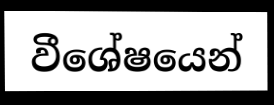
වීශේෂයෙන්